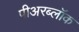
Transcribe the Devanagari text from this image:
पीअरब्लॉक